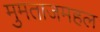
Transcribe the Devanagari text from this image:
मुमताजमहल